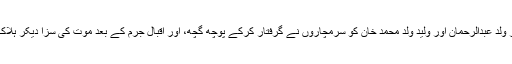
نصیر ولد عبدالرحمان اور ولید ولد محمد خان کو سرمچاروں نے گرفتار کرکے پوچھ گچھ، اور اقبال جرم کے بعد موت کی سزا دیکر ہلاک کیا۔